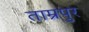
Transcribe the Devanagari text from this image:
ताम्रपुर